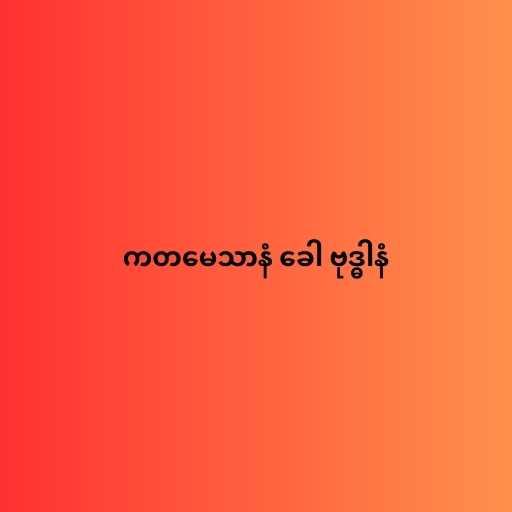
ကတမေသာနံ ခေါ ဗုဒ္ဓါနံ